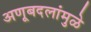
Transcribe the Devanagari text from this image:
अणूबदलांमुळे